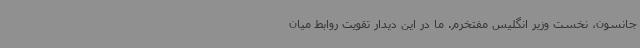
جانسون، نخست وزیر انگلیس مفتخرم. ما در این دیدار تقویت روابط میان